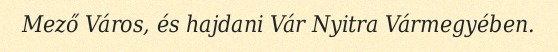
Mező Város, és hajdani Vár Nyitra Vármegyében.